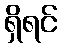
ရှိရင်